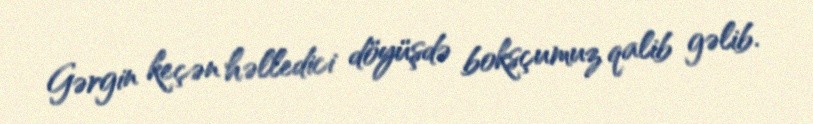
Gərgin keçən həlledici döyüşdə boksçumuz qalib gəlib.